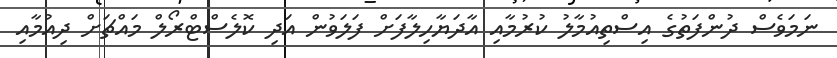
ނަމަވެސް ދުންފަތުގެ އިސްތިއުމާލު ކުރުމާއި އާދަޔާހިލާފަށް ފަލަވުން އަދި ކޮލެސްޓްރޯލް މައްޗަށް ދިއުމާއި